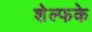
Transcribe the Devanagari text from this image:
शेल्फके